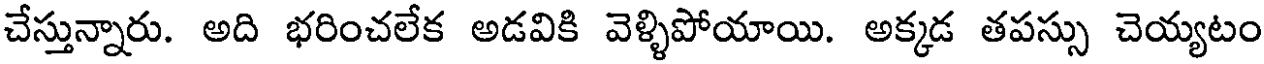
చేస్తున్నారు. అది భరించలేక అడవికి వెళ్ళిపోయాయి. అక్కడ తపస్సు చెయ్యటం